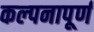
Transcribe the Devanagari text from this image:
कल्‍पनापूर्ण